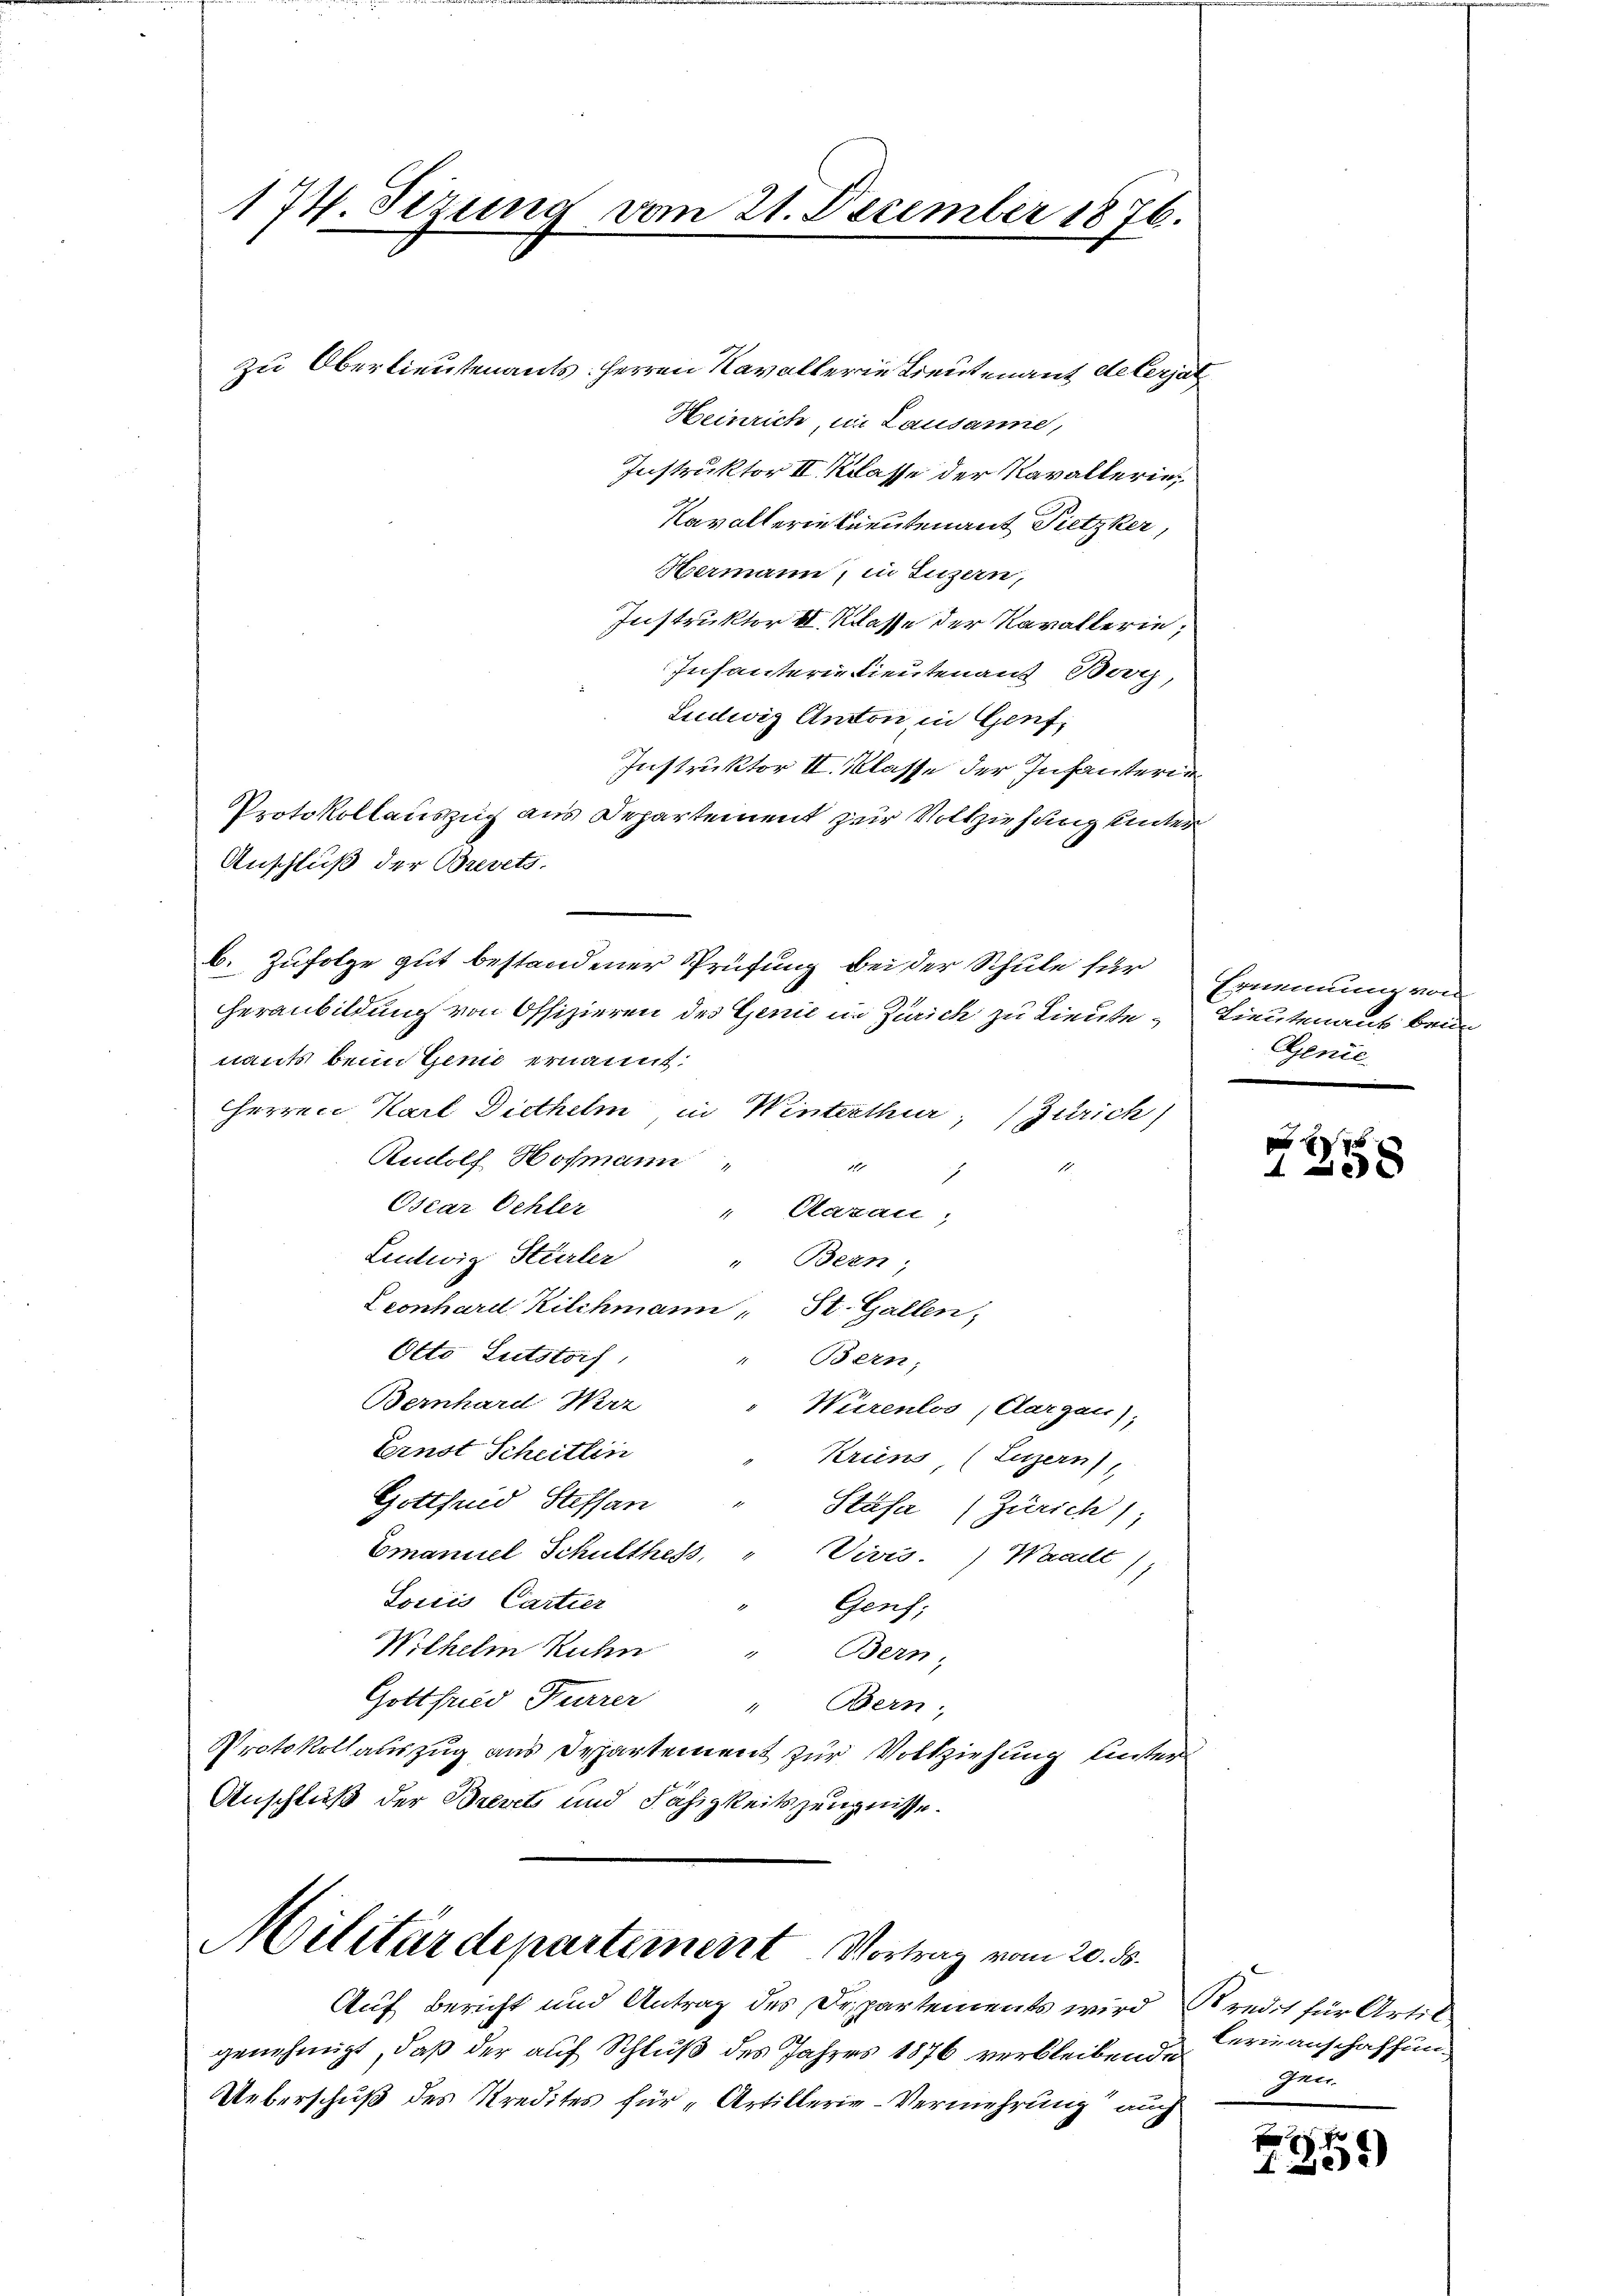
174. Sizung vom 21. December 1876.

Militärdepartement. Vortrag vom 20. ds.

zu Oberlieutenants: Herren Navallerie Treutenant delerjat
Heinrich, in Lausanne,
Hermann, in Luzern,
Instruktor 8 Klasse der Kavallerin;
Infanterie Lieutenant Borg
Ludwig Anton in Genf,
Instruktor II. Klasse der Infanterie
Protokollauszug aus Departement zur Vollziehung unter
Anschluß der Brevets.
b. Zufolge gut bestandener Prüfung bei der Schule für
heranbildung von Offizieren des Genie in Zürich zu Lieutenants beim Genie ernannt:
HHerren Karl Diethelm in Winterthur, Zürich)
Rudolf Hofmann
1
1
Oscar Oehler
" Cazau,
Ludwig Stürler
" Bern,
Leonhard Kilchmann St. Gallen,
Otto Lutstorf,
Bern,
Bernhard Weiz
Würenlos, Aargau),
Ernst Scheitlin
Kriens, (Luzern),
Gottfund Steffan
Stäfa (Zürich;
Emanuel Schulthess,
Vives.) Waadt)
Lociis, Cartier
Gens;
Wilhelm Kuhn " Bern,
Gottfried Furrer " Bern;
Protokollauszug aus Departement zur Vollziehung unter
Anschluß der Brevet und Fähigkeitszeugnisse.

Instruktor II Klasse der Kavallerin¬
Kavallerin Kreutenant Pietzker,

Auf Bericht und Antrag des Departements wird
genehmigt, daß der auf Schluß des Jahres 1876 verbleibende
Ueberschuß des Kredites für „Artillerie-Vermehrung auch

spemmung von
Lieutenaus beim
Genie

f 0 x

Kredit für Artil
lerinanschaffung
gen

f